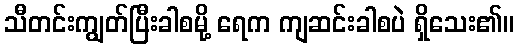
သီတင်းကျွတ်ပြီးခါစမို့ ရေက ကျဆင်းခါစပဲ ရှိသေး၏။